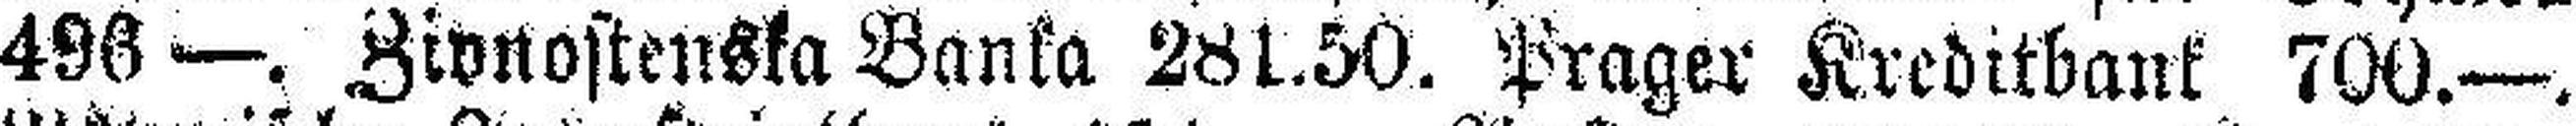
496 —. Zivnostenska Banka 281.50. Prager Kreditbank 700.—.